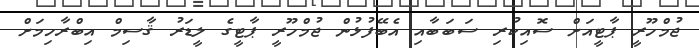
ޖުމްހޫރީ ޕާޓީއަށް ސޮއިކުރި ސަބަބާއި އެބޭފުޅުން ޖުމްހޫރީ ޕާޓީގެ ލީޑަރު ޤާސިމް އިބްރާހިމަށް